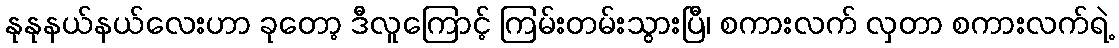
နုနုနယ်နယ်လေးဟာ ခုတော့ ဒီလူကြောင့် ကြမ်းတမ်းသွားပြီ၊ စကားလက် လှတာ စကားလက်ရဲ့